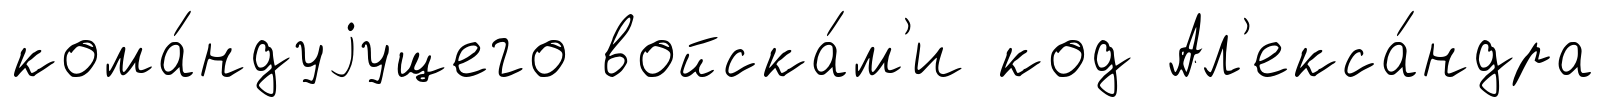
кома́ндуjущего войска́м'и код Ал'екса́ндра